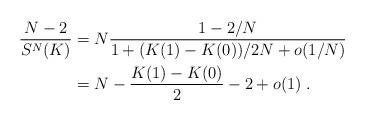
LaTeX: \begin{align*} \frac{N-2}{S^N(K)}&=N \frac{1-2/N}{1+(K(1)-K(0))/2N + o(1/N)}\\&=N-\frac{K(1)-K(0)}{2} -2+o(1)\;. \end{align*}